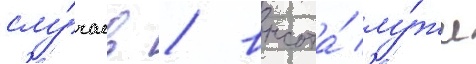
слу́чаев / высота́ лу́жи